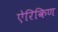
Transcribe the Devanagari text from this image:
ऐरिकिण